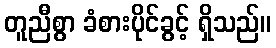
တူညီစွာ ခံစားပိုင်ခွင့် ရှိသည်။